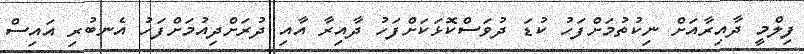
ފިލްމީ ދާއިރާއަށް ނިކުތުމަށްފަހު ކުޑަ ދުވަސްކޮޅަކަށްފަހު ދާއިރާ އާއި ދުރަށްދިއުމަށްފަހު އެނބުރި އައިސް